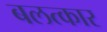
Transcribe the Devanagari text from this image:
बलत्कार